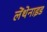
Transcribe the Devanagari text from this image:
लेंथेनाइड